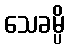
သေခမ္ပိ